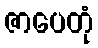
ဇာပေတုံ